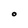
Character: O